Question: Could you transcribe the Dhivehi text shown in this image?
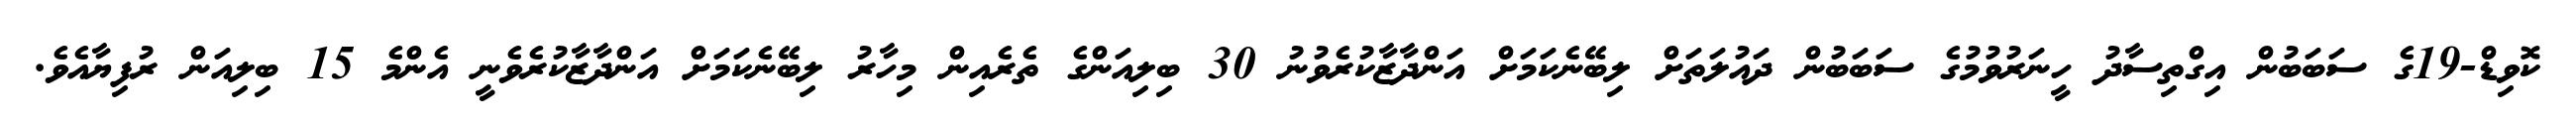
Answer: ކޮވިޑް-19ގެ ސަބަބުން އިގްތިސާދު ހީނަރުވުމުގެ ސަބަބުން ދައުލަތަށް ލިބޭނެކަމަށް އަންދާޒާކުރެވުނު 30 ބިލިއަންގެ ތެރެއިން މިހާރު ލިބޭނެކަމަށް އަންދާޒާކުރެވެނީ އެންމެ 15 ބިލިއަން ރުފިޔާއެވެ.